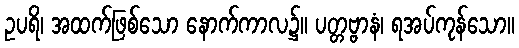
ဥပရိ၊ အထက်ဖြစ်သော နောက်ကာလ၌။ ပတ္တဗ္ဗာနံ၊ ရအပ်ကုန်သော။